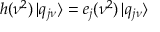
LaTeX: h ( \nu ^ { 2 } ) \, | q _ { j \nu } \rangle = e _ { j } ( \nu ^ { 2 } ) \, | q _ { j \nu } \rangle